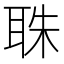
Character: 䎷